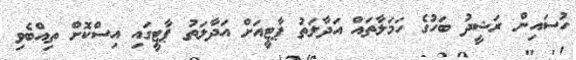
ހުސައިން ރަޝީދު ބަހުގެ ހަމަލާތައް އަދާލަތު ޕާޓީއަށް އަދާލަތު ޕާޓީގައި އިސްކޮށް ތިއްބެވި